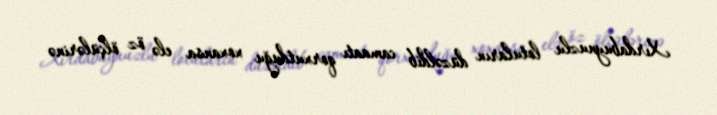
Xırdabuynuzlu lotuların düzəldib camaatı qorxutduğu xoxansa elə öz ölçülərinə